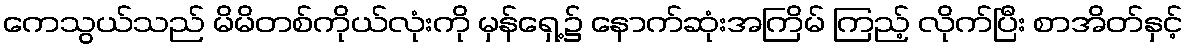
ကေသွယ်သည် မိမိတစ်ကိုယ်လုံးကို မှန်ရှေ့၌ နောက်ဆုံးအကြိမ် ကြည့် လိုက်ပြီး စာအိတ်နှင့်